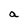
Character: a